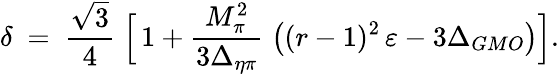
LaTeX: \delta\ =\ \frac{\sqrt{3}}{4}\; \Big[\, 1+\frac{M_{\pi}^{2}}{3\Delta_{\eta\pi}}\; \big((r-1)^{2}\, \varepsilon-3\Delta_{GMO}\big)\Big].